Civil Veterinary Department Bengal reports 1923-33 - 1923-1933
Year: 1923
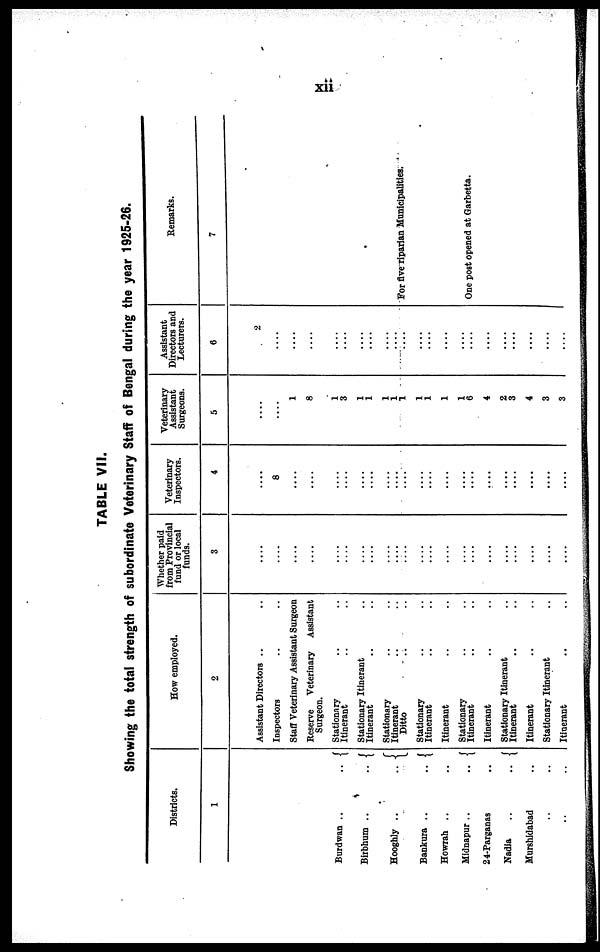
xii
TABLE VII.
Showing the total strength of subordinate Veterinary Staff of Bengal during the year 1925-26.
Districts.
1
Burdwan
..
..
Birbhum
..
..
Hooghly
..
..
Bankura
..
..
Howrah .. ..
Midnapur
..
..
24-Parganas ..
Nadia
..
..
Murshidabad ..
.. ..
.. ..
How employed.
2
Assistant Directors .. ..
Inspectors .. ..
Staff Veterinary Assistant Surgeon
Reserve Veterinary Assistant
Surgeon.
Stationary .. ..
Itinerant .. ..
Stationary Itinerant
Itinerant .. ..
Stationary .. ..
Itinerant .. ..
Ditto .. ..
Stationary .. ..
Itinerant .. ..
Itinerant .. ..
Stationary .. ..
Itinerant .. ..
Itinerant .. ..
Stationary Itinerant ..
Itinerant .. ..
Itinerant .. ..
Stationary Itinerant ..
Itinerant .. ..
Whether paid
from Provincial
fund or local
funds.
3
....
....
....
....
....
....
....
....
....
.... ....
....
....
....
....
....
....
....
....
....
....
....
Veterinary
Inspectors.
4
....
8
....
....
....
....
....
....
....
....
....
....
....
....
....
....
....
....
....
....
....
Veterinary
Assistant
Surgeons.
5
....
....
1
8
1
3
1
1
1
1
1
1
1
1
1
6
4
2
3
4
3
3
Assistant
Directors and
Lecturers.
6
2
....
....
....
....
....
....
....
....
....
....
....
....
....
....
....
....
....
....
....
....
....
Remarks.
7
For five riparian Municipalities.
One post opened at Garbetta.